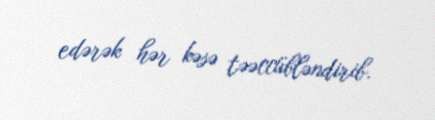
edərək hər kəsə təəccübləndirib.